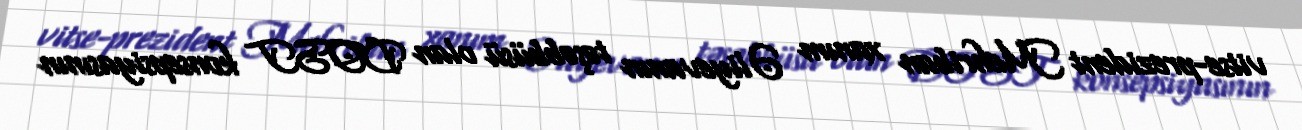
vitse-prezident Mehriban xanım Əliyevanın təşəbbüsü olan DOST konsepsiyasının